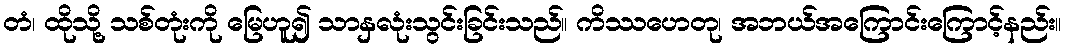
တံ၊ ထိုသို့ သစ်တုံးကို မြေဟူ၍ သာနှလုံးသွင်းခြင်းသည်။ ကိဿဟေတု၊ အဘယ်အကြောင်းကြောင့်နည်း။